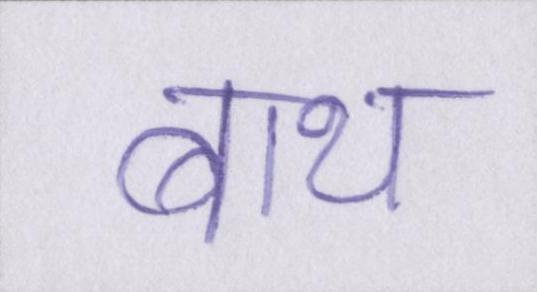
बाथ